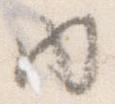
内